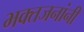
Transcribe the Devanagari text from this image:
भक्तजनांनी